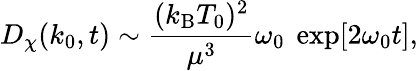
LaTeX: D_{\chi}(k_{0},t)\sim{\frac{(k_{\mathrm{B}}T_{0})^{2}}{\mu^{3}}}\omega_{0}~\exp[2\omega_{0}t],